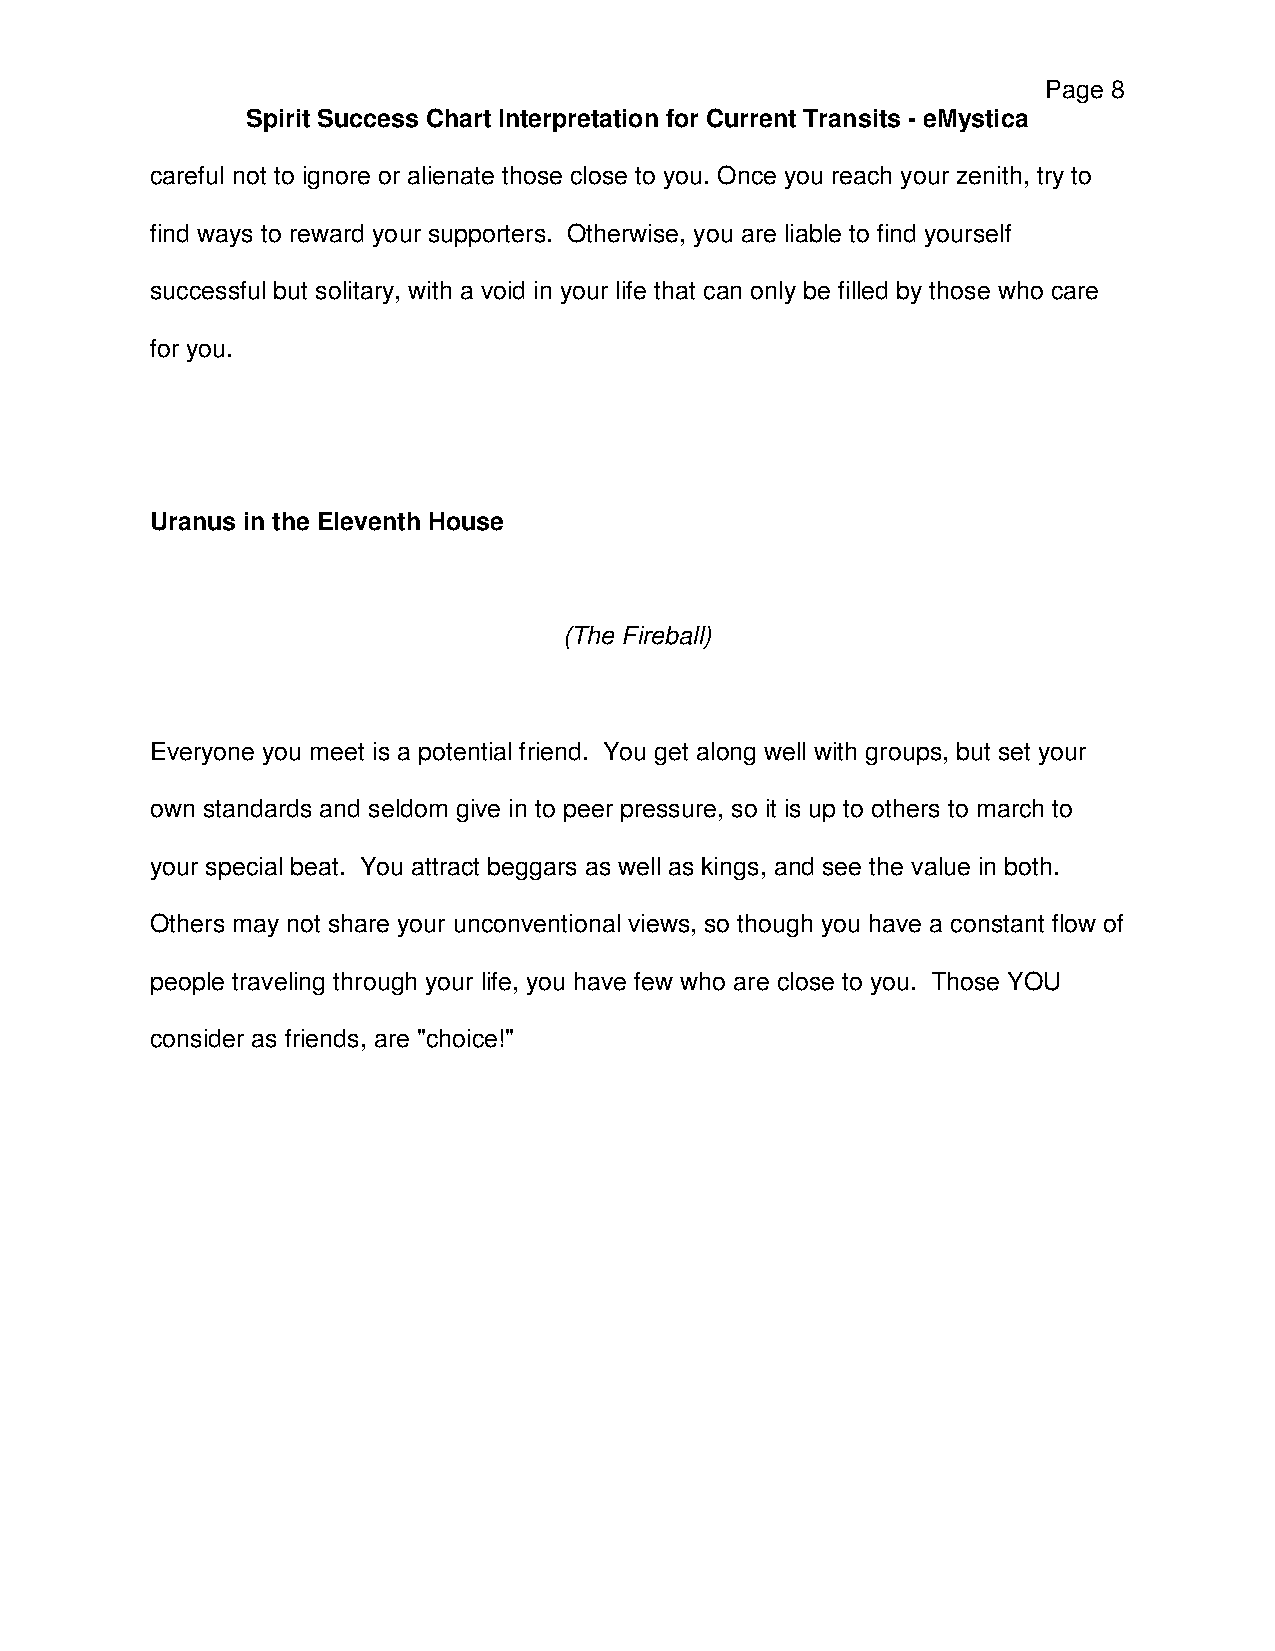
Page 8
 Spirit Success Chart Interpretation for Current Transits - eMystica
 careful not to ignore or alienate those close to you. Once you reach your zenith, try to
 find ways to reward your supporters. Otherwise, you are liable to find yourself
 successful but solitary, with a void in your life that can only be filled by those who care
 for you.
 Uranus in the Eleventh House
 (The Fireball)
 Everyone you meet is a potential friend. You get along well with groups, but set your
 own standards and seldom give in to peer pressure, so it is up to others to march to
 your special beat. You attract beggars as well as kings, and see the value in both.
 Others may not share your unconventional views, so though you have a constant flow of
 people traveling through your life, you have few who are close to you. Those YOU
 consider as friends, are "choice!"